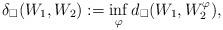
LaTeX: \begin{align*}\delta_\square(W_1,W_2):=\inf_{\varphi}d_\square(W_1,W_2^\varphi),\end{align*}